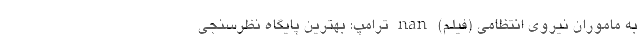
به ماموران نیروی انتظامی (فیلم) nan ترامپ: بهترین پایگاه نظرسنجی